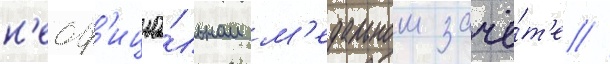
н'еоф'ициа́льном м'едальном зачё́т'е //